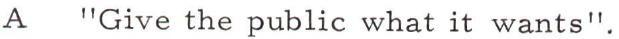
A "Give the public what it wants".